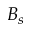
B _ { s }